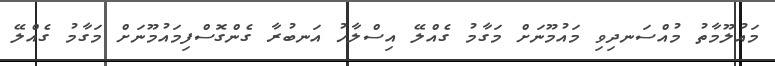
މައުލޫމާތު މުއްސަނދިވި މައުމޫނަށް މަގާމު ގެއްލޭ އިސްލާހު އަނބުރާ ގެންގޮސްފިމައުމޫނަށް މަގާމު ގެއްލޭ